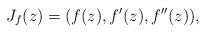
LaTeX: \begin{align*} J_f(z) = (f(z),f'(z),f''(z)),\end{align*}